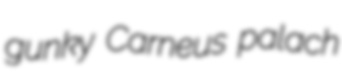
gunky Carneus palach